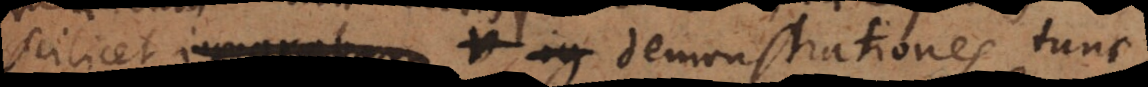
scilicet ignorabam u ig demonstrationes tunc